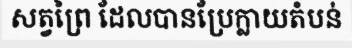
សត្វព្រៃ ដែលបានប្រែក្លាយតំបន់